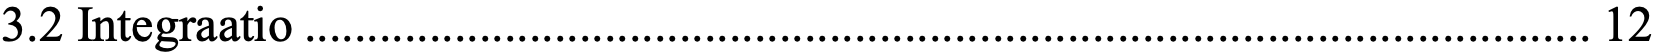
3.2 Integraatio ....................................................................................................... 12